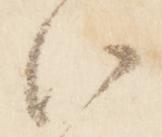
以